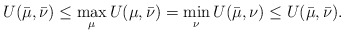
\begin{align*}U(\bar{\mu},\bar{\nu}) \leq \max_{\mu} U(\mu,\bar{\nu}) = \min_\nu U(\bar{\mu},\nu) \leq U(\bar{\mu},\bar{\nu}).\end{align*}